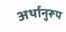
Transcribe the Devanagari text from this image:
अर्थानुरूप